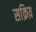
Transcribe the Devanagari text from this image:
सक्रिय़